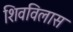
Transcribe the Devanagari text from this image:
शिवविलास